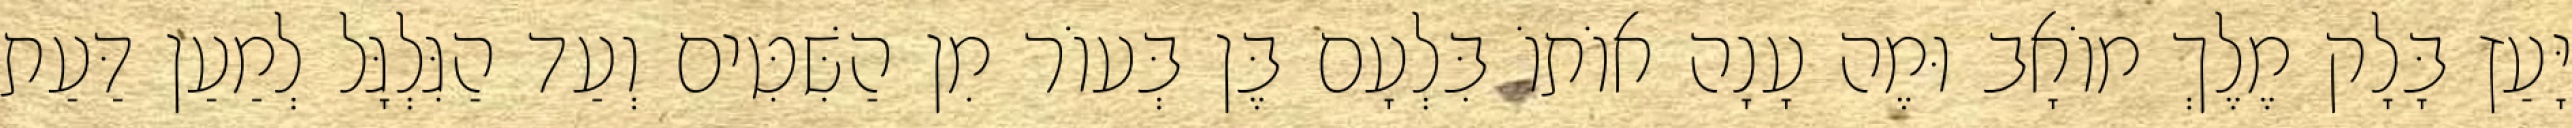
יָּעַץ בָּלָק מֶלֶךְ מוֹאָב וּמֶה עָנָה אוֹתוֹ בִּלְעָם בֶּן בְּעוֹר מִן הַשִּׁטִּים וְעַד הַגִּלְגָּל לְמַעַן דַּעַת